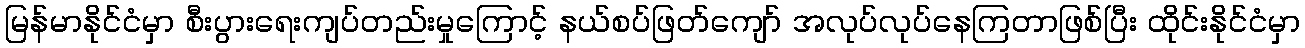
မြန်မာနိုင်ငံမှာ စီးပွားရေးကျပ်တည်းမှုကြောင့် နယ်စပ်ဖြတ်ကျော် အလုပ်လုပ်နေကြတာဖြစ်ပြီး ထိုင်းနိုင်ငံမှာ